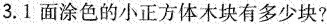
3.1面涂色的小正方体木块有多少块?